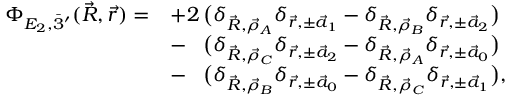
\begin{array} { r l } { \Phi _ { E _ { 2 } , \Bar 3 ^ { \prime } } ( \vec { R } , \vec { r } ) = } & { + 2 \, \big ( \delta _ { \vec { R } , \vec { \rho } _ { A } } \delta _ { \vec { r } , \pm \vec { a } _ { 1 } } - \delta _ { \vec { R } , \vec { \rho } _ { B } } \delta _ { \vec { r } , \pm \vec { a } _ { 2 } } \big ) } \\ & { - \phantom { 2 } \, \big ( \delta _ { \vec { R } , \vec { \rho } _ { C } } \delta _ { \vec { r } , \pm \vec { a } _ { 2 } } - \delta _ { \vec { R } , \vec { \rho } _ { A } } \delta _ { \vec { r } , \pm \vec { a } _ { 0 } } \big ) } \\ & { - \phantom { 2 } \, \big ( \delta _ { \vec { R } , \vec { \rho } _ { B } } \delta _ { \vec { r } , \pm \vec { a } _ { 0 } } - \delta _ { \vec { R } , \vec { \rho } _ { C } } \delta _ { \vec { r } , \pm \vec { a } _ { 1 } } \big ) , } \end{array}